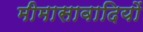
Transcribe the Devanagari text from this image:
मीमासावादियों